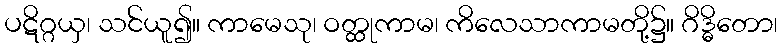
ပဋိဂ္ဂယှ၊ သင်ယူ၍။ ကာမေသု၊ ဝတ္ထုကာမ၊ ကိလေသာကာမတို့၌။ ဂိဒ္ဓိတော၊